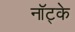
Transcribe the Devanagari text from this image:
नॉट्के